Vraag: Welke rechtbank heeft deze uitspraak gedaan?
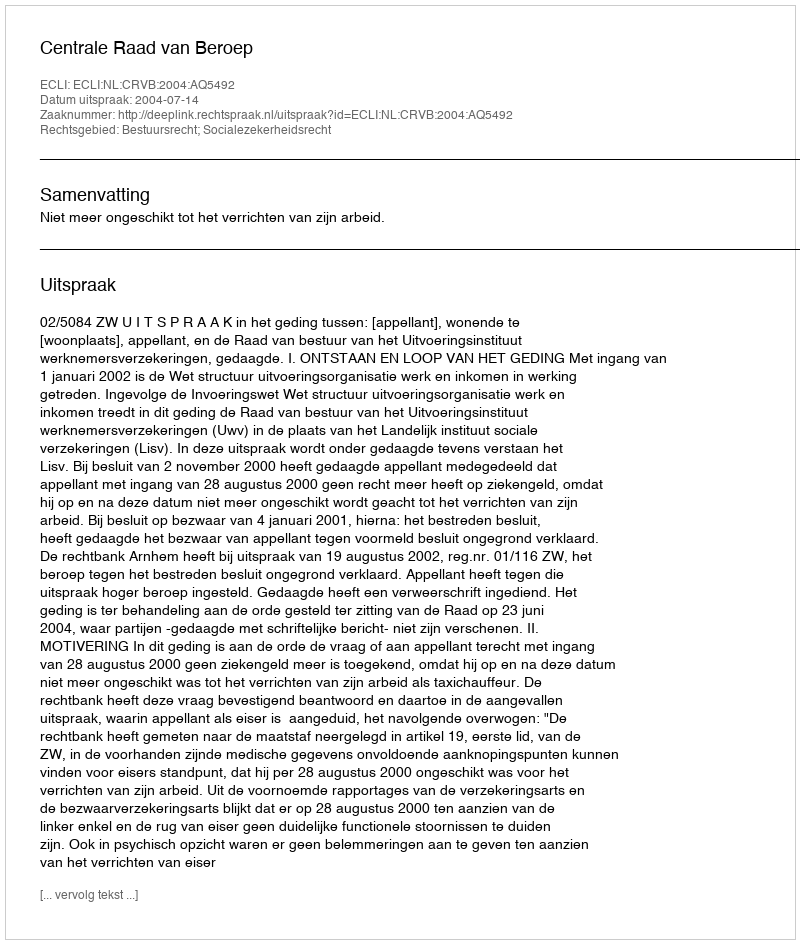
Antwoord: Centrale Raad van Beroep